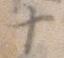
十